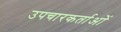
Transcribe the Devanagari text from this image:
उपचारकर्ताओं